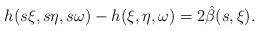
LaTeX: \begin{align*} h(s \xi,s \eta,s \omega)-h(\xi,\eta,\omega)=2\hat\beta(s,\xi).\end{align*}